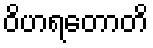
ဝိဟရတောတိ